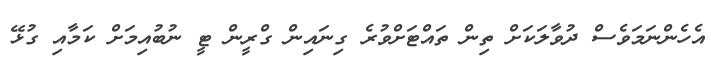
އެހެންނަމަވެސް ދުވާލަކަށް ތިން ތައްޓަށްވުރެ ގިނައިން ގްރީން ޓީ ނުބުއިމަށް ކަމާއި ގުޅޭ